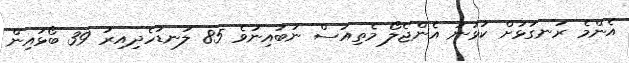
އެންމެ ރަނގަޅަށް ކުޅުނު އެންޖެލޯ މެތިއުސް ނުބައިނުވެ 85 ލަނޑުހެދިއިރު 39 ބޯޅައިން